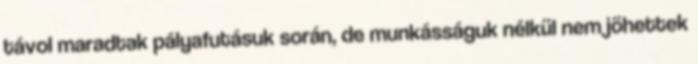
távol maradtak pályafutásuk során, de munkásságuk nélkül nem jöhettek